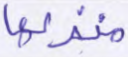
منزلها